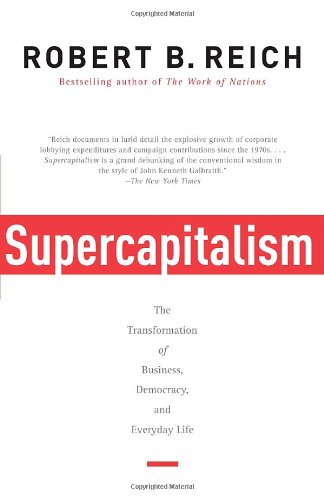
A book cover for Supercapitalism: The Transformation of Business, Democracy, and Everyday Life; Robert B. Reich; Business & Money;